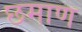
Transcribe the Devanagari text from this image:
छमाण